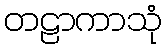
တဠာကာသုံ